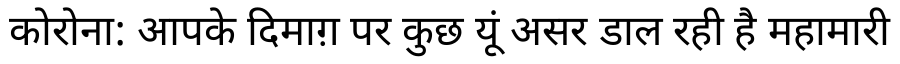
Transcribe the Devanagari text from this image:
कोरोना: आपके दिमाग़ पर कुछ यूं असर डाल रही है महामारी